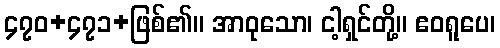
၄၇၀+၄၇၁+ဖြစ်၏။ အာဝုသော၊ ငါ့ရှင်တို့။ ဧဝရူပေ၊